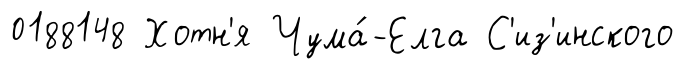
0188148 Хотн'я Чума́-Елга С'из'инского